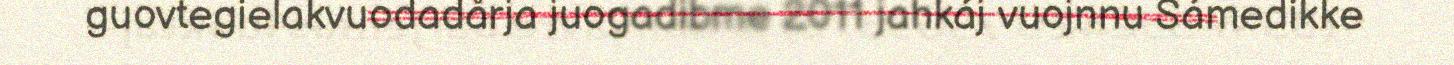
guovtegielakvuodadårja juogadibme 2011 jahkáj vuojnnu Sámedikke